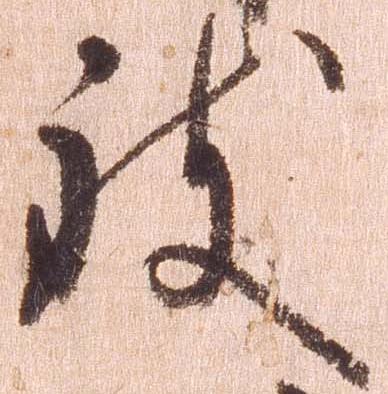
致